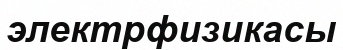
электрфизикасы